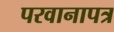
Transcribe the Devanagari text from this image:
परवानापत्र